Civil Veterinary Department Bengal reports 1933-51 - 1933-1951
Year: 1933
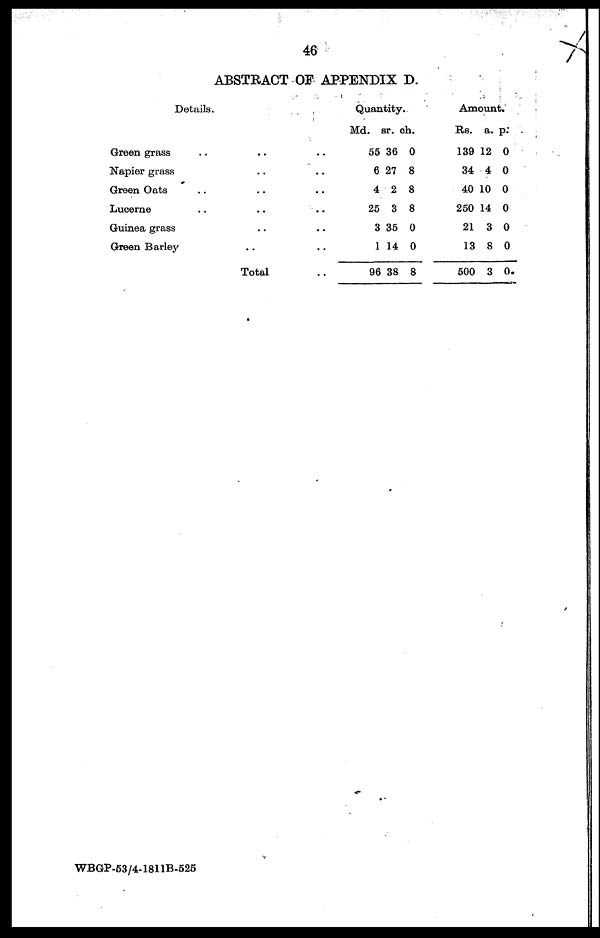
46
ABSTRACT OF APPENDIX D.
Details.
Green grass .. .. ..
Napier grass .. ..
Green Oats .. .. ..
Lucerne .. .. ..
Guinea grass .. ..
Green Barley .. ..
Total ..
Quantity.
Md.
55
6
4
25
3
1
96
sr.
36
27
2
3
35
14
38
ch.
0
8
8
8
0
0
8
Amount.
Rs.
139
34
40 1
250 1
21
13
500
a.
12
4
0
4
3
8
3
p.
0
0
0
0
0
0
0
WBGP-53/4-1811B-525